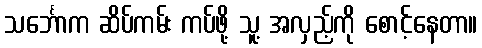
သင်္ဘောက ဆိပ်ကမ်း ကပ်ဖို့ သူ့ အလှည့်ကို စောင့်နေတာ။